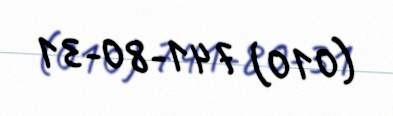
(010) 741-80-31